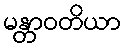
မန္တာဝတိယာ